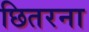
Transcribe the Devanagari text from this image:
छितरना